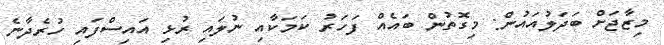
މިޒާޖަށް ބަދަލުއައުން: މިގޮތުން ބައެއް ފަހަރު ކަމަކާއި ނުލައި ރުޅި އައިސްފައި ހުރެދާނެ